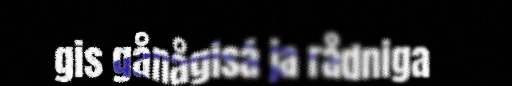
gis gånågisá ja rådniga